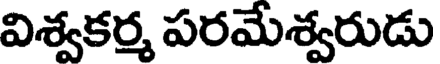
విశ్వకర్మ పరమేశ్వరుడు